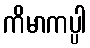
ကိမာကပ္ပါ